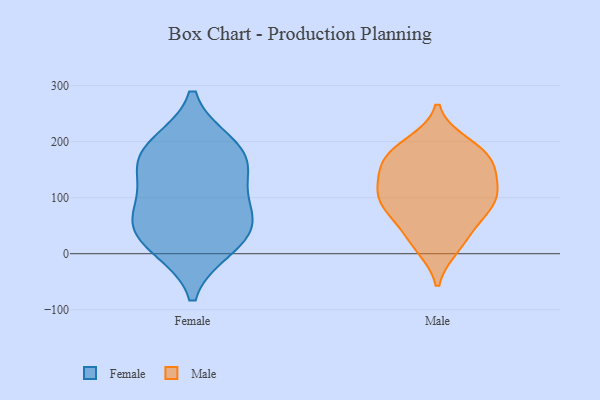
{"axis": {"x": "Satisfaction Score", "y": "Value"}, "legend": ["Female", "Male"], "data": [{"x": "", "y": 60, "type": "Female"}, {"x": "", "y": 10, "type": "Female"}, {"x": "", "y": 58, "type": "Female"}, {"x": "", "y": 16, "type": "Female"}, {"x": "", "y": 196, "type": "Female"}, {"x": "", "y": 116, "type": "Female"}, {"x": "", "y": 159, "type": "Female"}, {"x": "", "y": 190, "type": "Female"}, {"x": "", "y": 66, "type": "Female"}, {"x": "", "y": 157, "type": "Female"}, {"x": "", "y": 67, "type": "Male"}, {"x": "", "y": 198, "type": "Male"}, {"x": "", "y": 116, "type": "Male"}, {"x": "", "y": 108, "type": "Male"}, {"x": "", "y": 13, "type": "Male"}, {"x": "", "y": 147, "type": "Male"}, {"x": "", "y": 111, "type": "Male"}, {"x": "", "y": 64, "type": "Male"}, {"x": "", "y": 38, "type": "Male"}, {"x": "", "y": 168, "type": "Male"}, {"x": "", "y": 11, "type": "Male"}, {"x": "", "y": 90, "type": "Male"}, {"x": "", "y": 156, "type": "Male"}, {"x": "", "y": 178, "type": "Male"}, {"x": "", "y": 194, "type": "Male"}, {"x": "", "y": 173, "type": "Male"}, {"x": "", "y": 95, "type": "Male"}, {"x": "", "y": 90, "type": "Male"}, {"x": "", "y": 140, "type": "Male"}]}